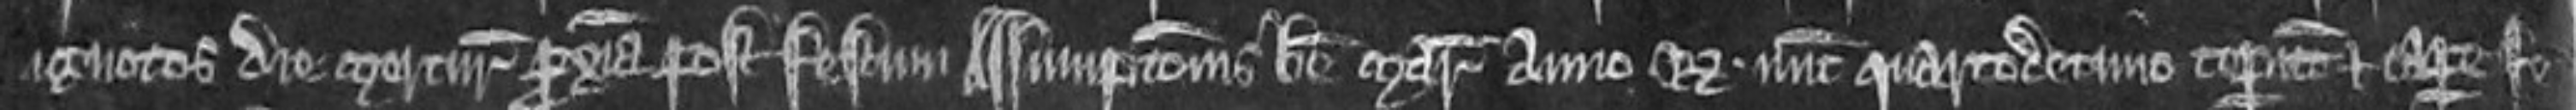
ignotos die mercurii proxima post festum Assumptionis Beate Marie anno regis nunc quartodecimo ceperunt et capere fe